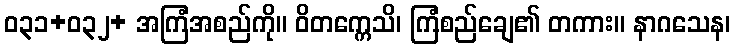
ဝ၃၁+ဝ၃၂+ အကြံအစည်ကို။ ဝိတက္ကေသိ၊ ကြံစည်ချေ၏ တကား။ နာဂသေန၊